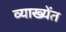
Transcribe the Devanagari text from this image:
व्याख्येंत